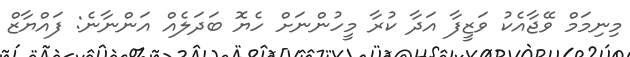
މިނިމަމް ވޭޖާއެކު ވަޒީފާ އަދާ ކުރާ މީހުންނަށް ހެޔޮ ބަދަލެއް އަންނާނެ: ފައްޔާޒް